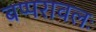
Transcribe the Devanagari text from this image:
बप्परावलः